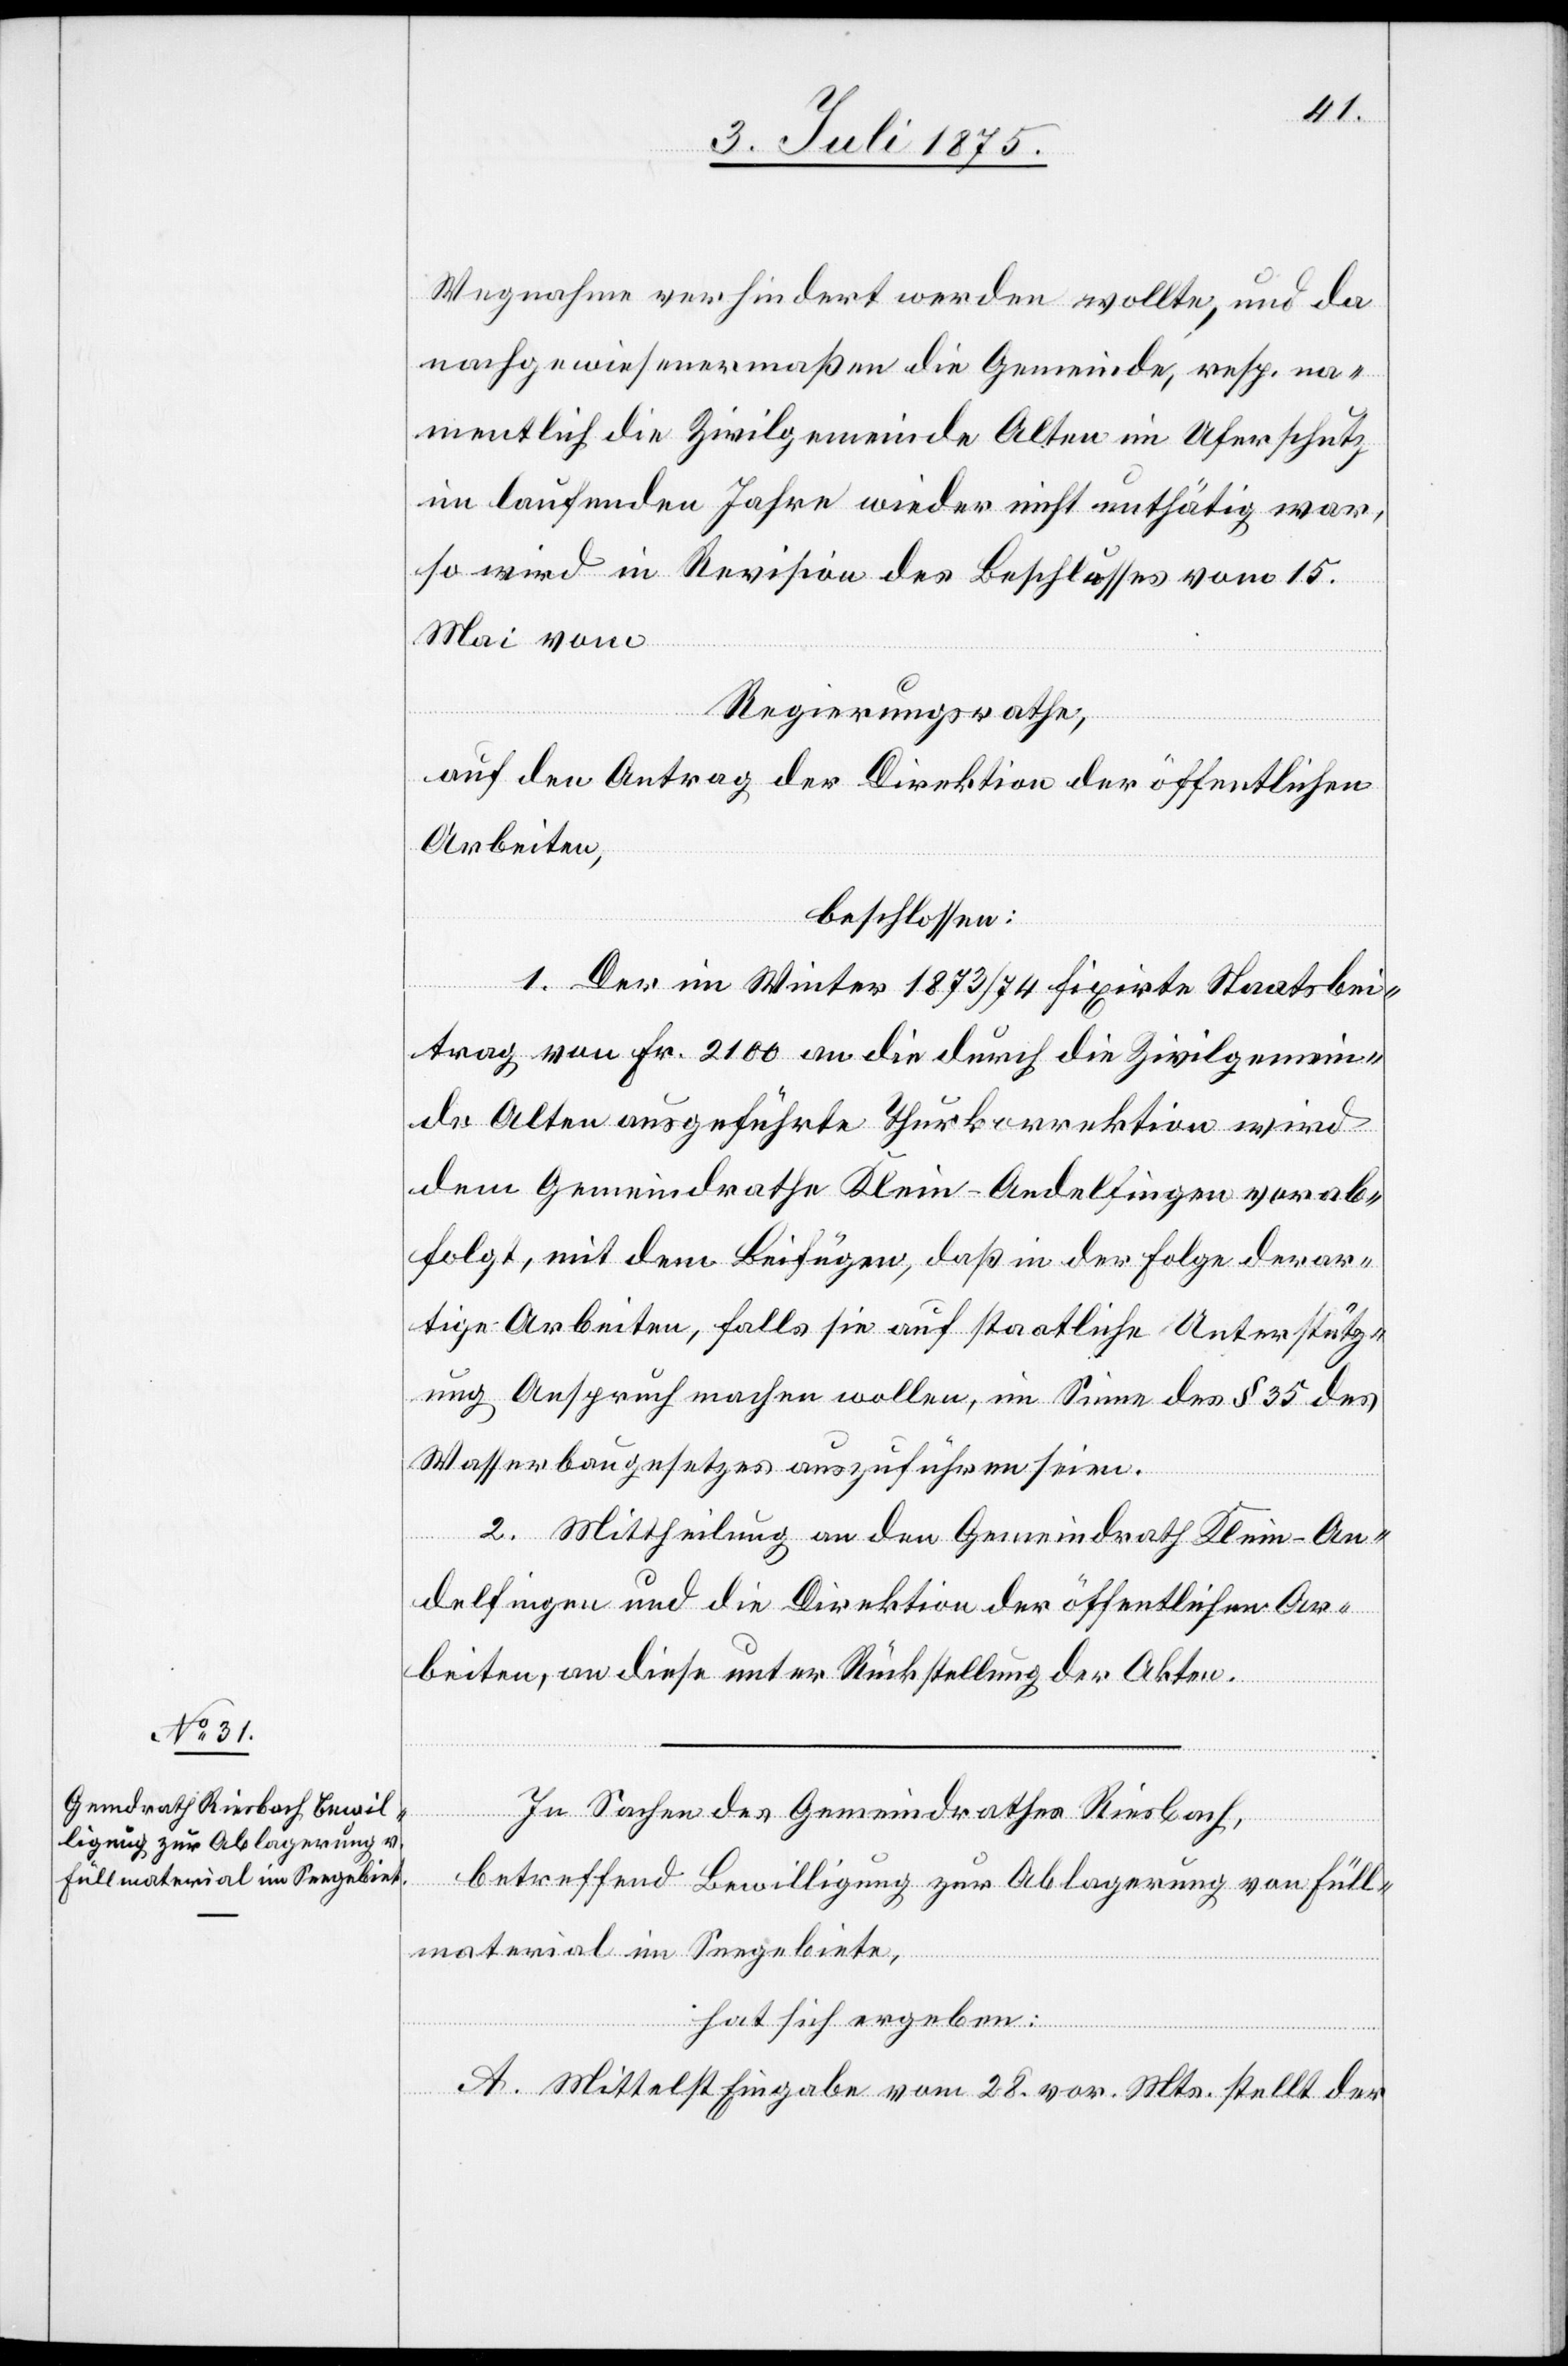
Wegnahme verhindert werden wollte, und da
nachgewiesenermaßen die Gemeinde, resp. na¬
mentlich die Zivilgemeinde Alten im Uferschutz
im laufenden Jahre wieder nicht unthätig war,
so wird in Revision des Beschlusses vom 15.
Mai vom
Regierungsrathe,
auf den Antrag der Direktion der öffentlichen
Arbeiten,
beschlossen:
1. Der im Winter 1873/74 fixirte Staatsbei¬
trag von Fr. 2100 an die durch die Zivilgemein¬
de Alten ausgeführte Thurkorrektion wird
dem Gemeindrathe Klein-Andelfingen verab¬
folgt, mit dem Beifügen, daß in der Folge derar¬
tige Arbeiten, falls sie auf staatliche Unterstütz¬
ung Anspruch machen wollen, im Sinne des § 35
Wasserbaugesetzes auszuführen seien.
2. Mittheilung an den Gemeindrath Klein-An¬
delfingen und die Direktion der öffentlichen Ar¬
beiten, an diese unter Rückstellung der Akten.
In Sachen des Gemeindrathes Riesbach,
betreffend Bewilligung zur Ablagerung von Füll¬
material im Seegebiete,
hat sich ergeben:
A. Mittelst Eingabe vom 28. vor. Mts. stellt der